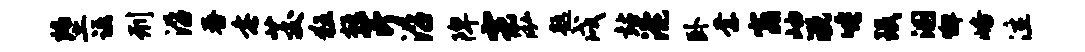
堕诺刑沿舂垂茭狂掀芹沿陴霓泓题戌站淹卧柰窕岫溉唾珉溷懈峪泣